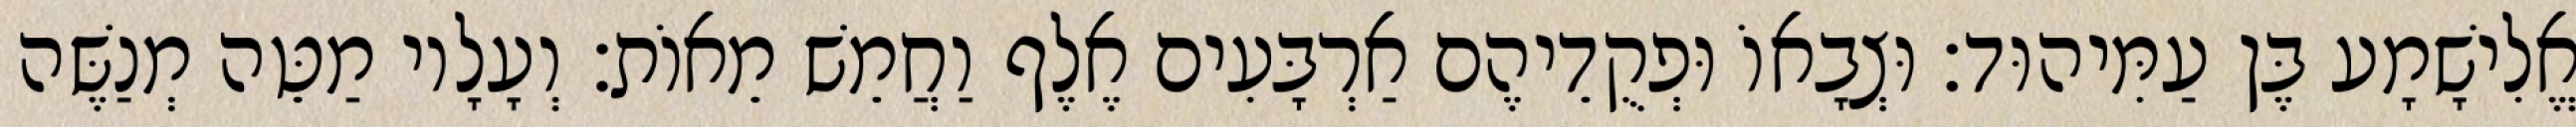
אֱלִישָׁמָע בֶּן עַמִּיהוּד׃ וּצְבָאוֹ וּפְקֻדֵיהֶם אַרְבָּעִים אֶלֶף וַחֲמֵשׁ מֵאוֹת׃ וְעָלָיו מַטֵּה מְנַשֶּׁה